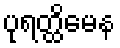
ပုရတ္ထိမေန